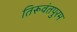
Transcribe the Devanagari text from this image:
तिरूवंतपुरम